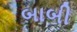
બાબી